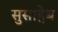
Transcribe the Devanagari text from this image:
सुसाहेब